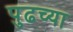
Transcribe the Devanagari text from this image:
पुढच्‍या